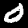
Label: 0